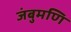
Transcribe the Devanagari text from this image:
जंबुमणि